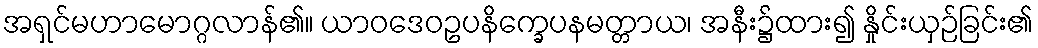
အရှင်မဟာမောဂ္ဂလာန်၏။ ယာဝဒေဝဥပနိက္ခေပနမတ္တာယ၊ အနီး၌ထား၍ နှိုင်းယှဉ်ခြင်း၏